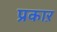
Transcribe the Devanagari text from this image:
प्रकाऱ